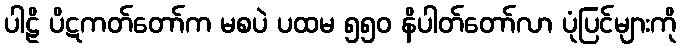
ပါဠိ ပိဋကတ်တော်က မစပဲ ပထမ ၅၅၀ နိပါတ်တော်လာ ပုံပြင်များကို